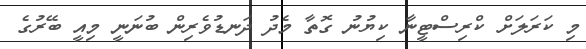
މި ކަރަލަށް ކްރިސްޓީނާ ކިޔުނު ގޮތާ މެދު ދަނޑުވެރިން ބުނަނީ މިއީ ބޭރުގެ